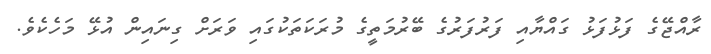
ރާއްޖޭގެ ފަޅުފަޅު ގައްޔާއި ފަރުފަރުގެ ބޭރުމަތީގެ މުރަކަތަކުގައި ވަރަށް ގިނައިން އުޅޭ މަހެކެވެ.